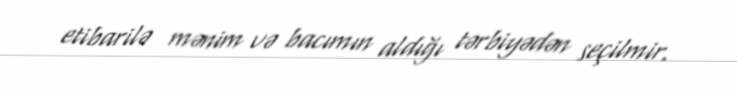
etibarilə mənim və bacımın aldığı tərbiyədən seçilmir.